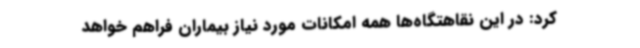
کرد: در این نقاهتگاه‌ها همه امکانات مورد نیاز بیماران فراهم خواهد